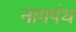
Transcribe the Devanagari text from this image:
नागपंथ